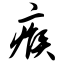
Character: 瘊